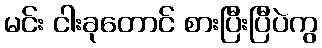
မင်း ငါးခုတောင် စားပြီးပြီပဲကွ